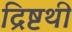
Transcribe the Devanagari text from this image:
द्रिष्टथी